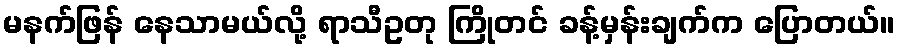
မနက်ဖြန် နေသာမယ်လို့ ရာသီဥတု ကြိုတင် ခန့်မှန်းချက်က ပြောတယ်။